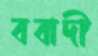
ববাদী